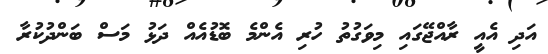
އަދި އެއީ ރާއްޖޭގައި މިވަގުތު ހުރި އެންމެ ބޮޑުއެއް ދަޅު މަސް ބަންދުކުރާ